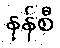
နန်စီ